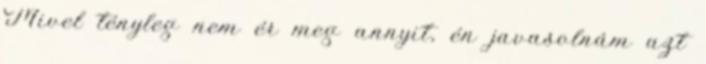
Mivel tényleg nem ér meg annyit, én javasolnám azt